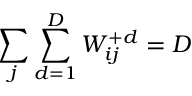
\sum _ { j } \sum _ { d = 1 } ^ { D } W _ { i j } ^ { + d } = D